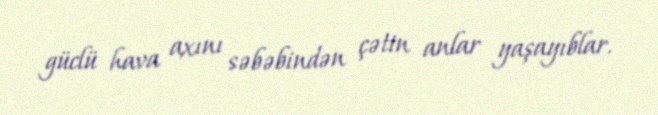
güclü hava axını səbəbindən çətin anlar yaşayıblar.